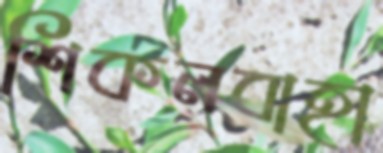
শিকলবাহা